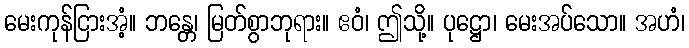
မေးကုန်ငြားအံ့။ ဘန္တေ၊ မြတ်စွာဘုရား။ ဧဝံ၊ ဤသို့။ ပုဋ္ဌော၊ မေးအပ်သော။ အဟံ၊